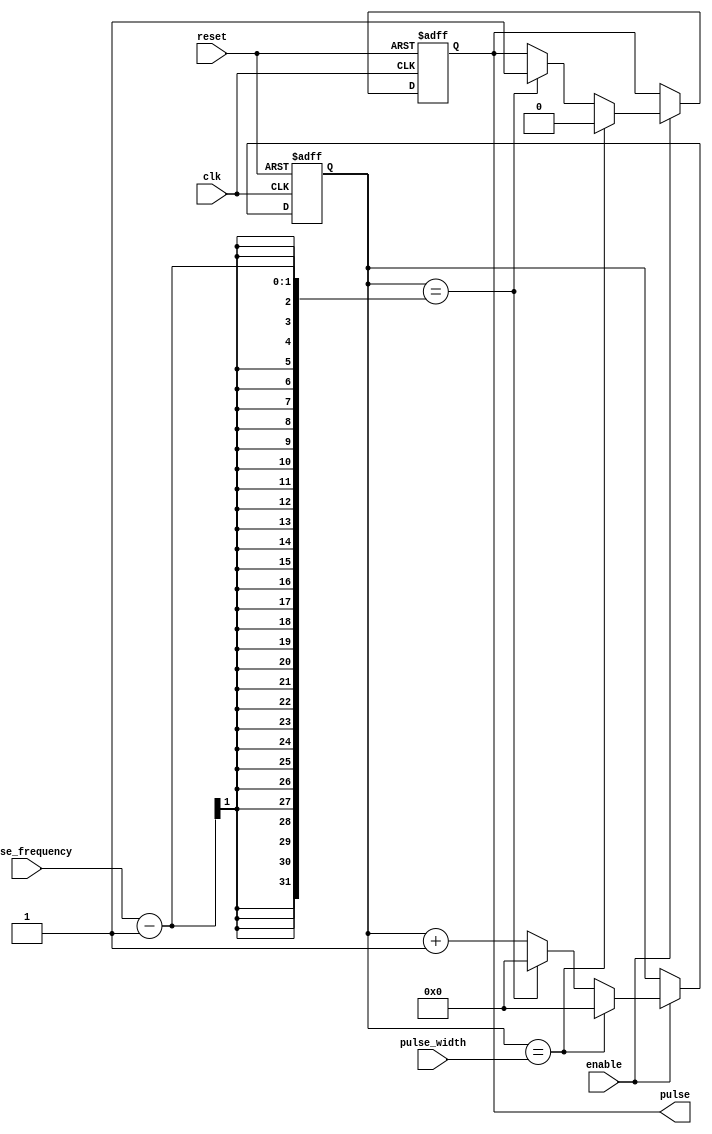
module Falling_Pulse_Generator (
    input wire clk,
    input wire reset,
    input wire enable,
    input wire pulse_width,
    input wire pulse_frequency,
    output reg pulse
);

reg pulse_reg;
reg [31:0] count;

always @ (posedge clk or posedge reset) begin
    if (reset) begin
        pulse_reg <= 1'b0;
        count <= 32'h0;
    end else if (enable) begin
        if (count == pulse_width) begin
            pulse_reg <= 1'b0;
            count <= 32'h0;
        end else if (count == pulse_frequency-1) begin
            pulse_reg <= 1'b1;
            count <= 32'h0;
        end else begin
            count <= count + 1;
        end
    end
end

assign pulse = pulse_reg;

endmodule